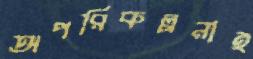
অপরিকল্পনাই